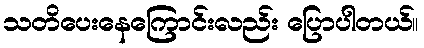
သတိပေးနေကြောင်းလည်း ပြောပါတယ်။